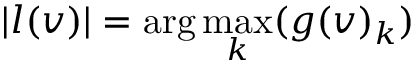
| l ( v ) | = \arg \operatorname* { m a x } _ { k } ( g ( v ) _ { k } )